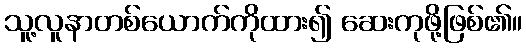
သူ့လူနာတစ်ယောက်ကိုထား၍ ဆေးကုဖို့ဖြစ်၏။